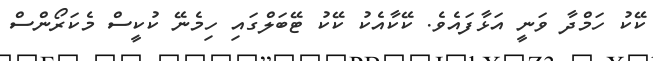
ކޭކު ހަމްދާ ވަނީ އަޅާފައެވެ. ކޭކާއެކު ކޭކު ޓޭބަލްގައި ހިމެނޭ ކުކީސް މެކަރޯންސް